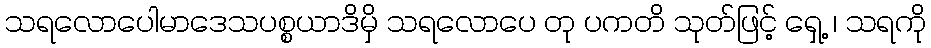
သရလောပေါမာဒေသပစ္စယာဒိမှိ သရလောပေ တု ပကတိ သုတ်ဖြင့် ရှေ့ ၊ သရကို